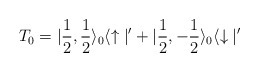
\begin{align*}T_0 = |\frac{1}{2}, \frac{1}{2} \rangle_0 \langle\uparrow |' + |\frac{1}{2}, -\frac{1}{2} \rangle_0 \langle \downarrow |'\end{align*}